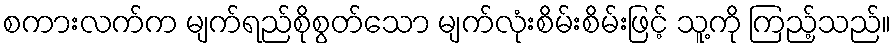
စကားလက်က မျက်ရည်စိုစွတ်သော မျက်လုံးစိမ်းစိမ်းဖြင့် သူ့ကို ကြည့်သည်။